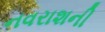
નવરાશની